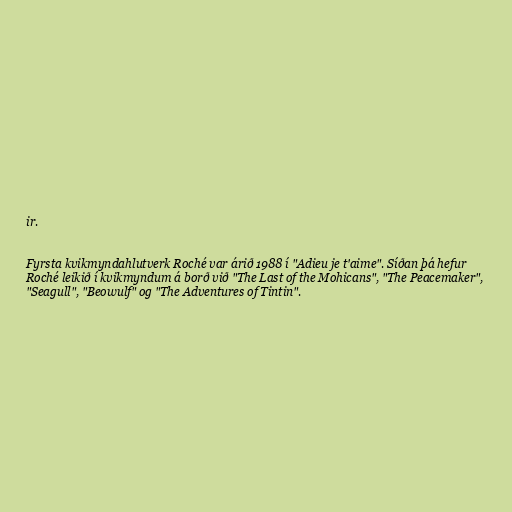
ir.

Fyrsta kvikmyndahlutverk Roché var árið 1988 í "Adieu je t'aime". Síðan þá hefur
Roché leikið í kvikmyndum á borð við "The Last of the Mohicans", "The Peacemaker",
"Seagull", "Beowulf" og "The Adventures of Tintin".